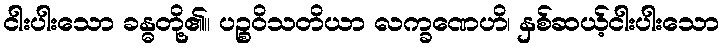
ငါးပါးသော ခန္ဓတို့၏။ ပဉ္စဝိသတိယာ လက္ခဏေဟိ၊ နှစ်ဆယ့်ငါးပါးသော